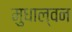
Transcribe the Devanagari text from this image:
मुधाल्वन